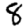
Digit: 8